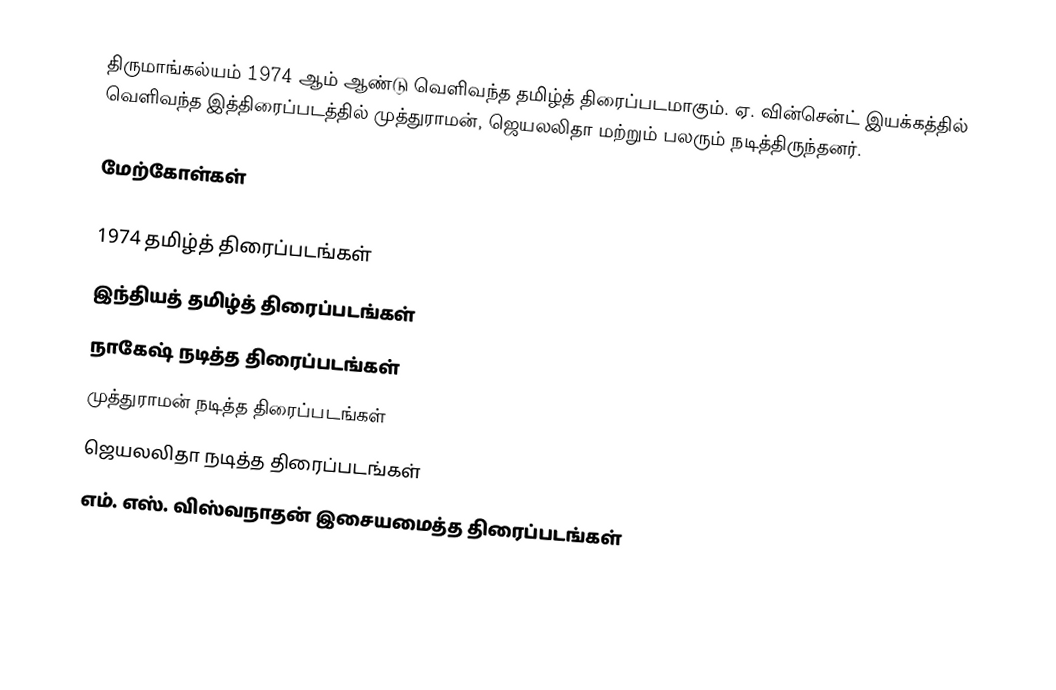
திருமாங்கல்யம் 1974 ஆம் ஆண்டு வெளிவந்த தமிழ்த் திரைப்படமாகும். ஏ. வின்சென்ட் இயக்கத்தில் வெளிவந்த இத்திரைப்படத்தில் முத்துராமன், ஜெயலலிதா மற்றும் பலரும் நடித்திருந்தனர்.

மேற்கோள்கள்

1974 தமிழ்த் திரைப்படங்கள்
இந்தியத் தமிழ்த் திரைப்படங்கள்
நாகேஷ் நடித்த திரைப்படங்கள்
முத்துராமன் நடித்த திரைப்படங்கள்
ஜெயலலிதா நடித்த திரைப்படங்கள்
எம். எஸ். விஸ்வநாதன் இசையமைத்த திரைப்படங்கள்